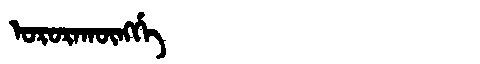
Manchu: ᠣᡵᠣᡵᠠᡴᡡᠩᡤᡝ
Romanization: ORORAKŪNGGE